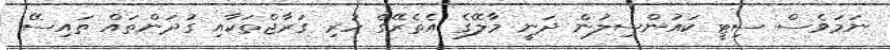
ނަމަވެސް ސިޓީ ކައުންސިލުން ދަނީ މާލޭގެ އެތެރޭގެ ހުރި ގަރާޖްތަކާއި ގުދަންތައް ތައިސޭ